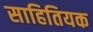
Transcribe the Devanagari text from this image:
साहितियक